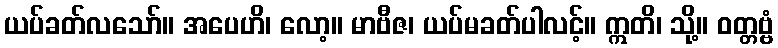
ယပ်ခတ်လသော်။ အပေဟိ၊ လော့။ မာဗီဇ၊ ယပ်မခတ်ပါလင့်။ ဣတိ၊ သို့။ ဝတ္တဗ္ဗံ